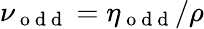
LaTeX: \nu_{\mathrm{~o~d~d~}}=\eta_{\mathrm{~o~d~d~}}/\rho